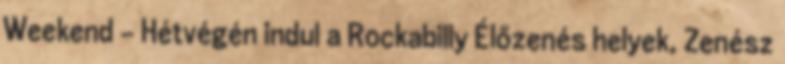
Weekend - Hétvégén indul a Rockabilly Élőzenés helyek, Zenész